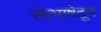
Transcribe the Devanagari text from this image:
रंगभाषेतून